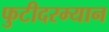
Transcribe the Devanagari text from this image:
फुटीदरम्यान